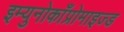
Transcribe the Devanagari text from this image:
इम्युनोकाँप्रोमाइज्ड